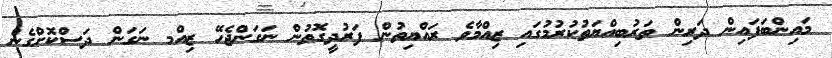
މައިންބަފައިން ދަރިން ތަރުބިއްޔަތުކުރުމުގައި ޒިއްމާވެ ރައްޔިތުން ފަރުދީގޮތުން ނަގަންޖެހޭ ޒިއްމ ނަގަން ދަސްކޮށްގެން